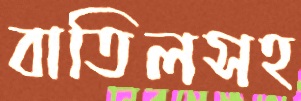
বাতিলসহ